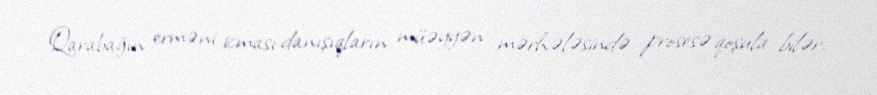
Qarabağın erməni icması danışıqların müəyyən mərhələsində prosesə qoşula bilər.